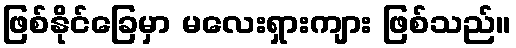
ဖြစ်နိုင်ခြေမှာ မလေးရှားကျား ဖြစ်သည်။